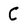
Character: C